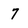
Character: 7